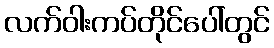
လက်ဝါးကပ်တိုင်ပေါ်တွင်